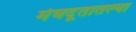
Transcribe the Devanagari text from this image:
मेघदूतातल्या